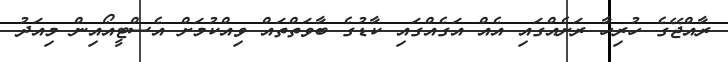
ރާއްޖޭގެ ހުރިހާ ރަށެއްގައި އެއް އަގެއްގައި ކާޑުގެ ބާވަތްތައް ވިއްކުމަށް އެސްޓީއޯއިން މިއަދު